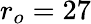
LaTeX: r_{o}=27